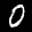
Label: 0